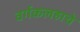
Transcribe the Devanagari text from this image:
वर्गकलहाचे